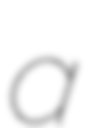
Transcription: a